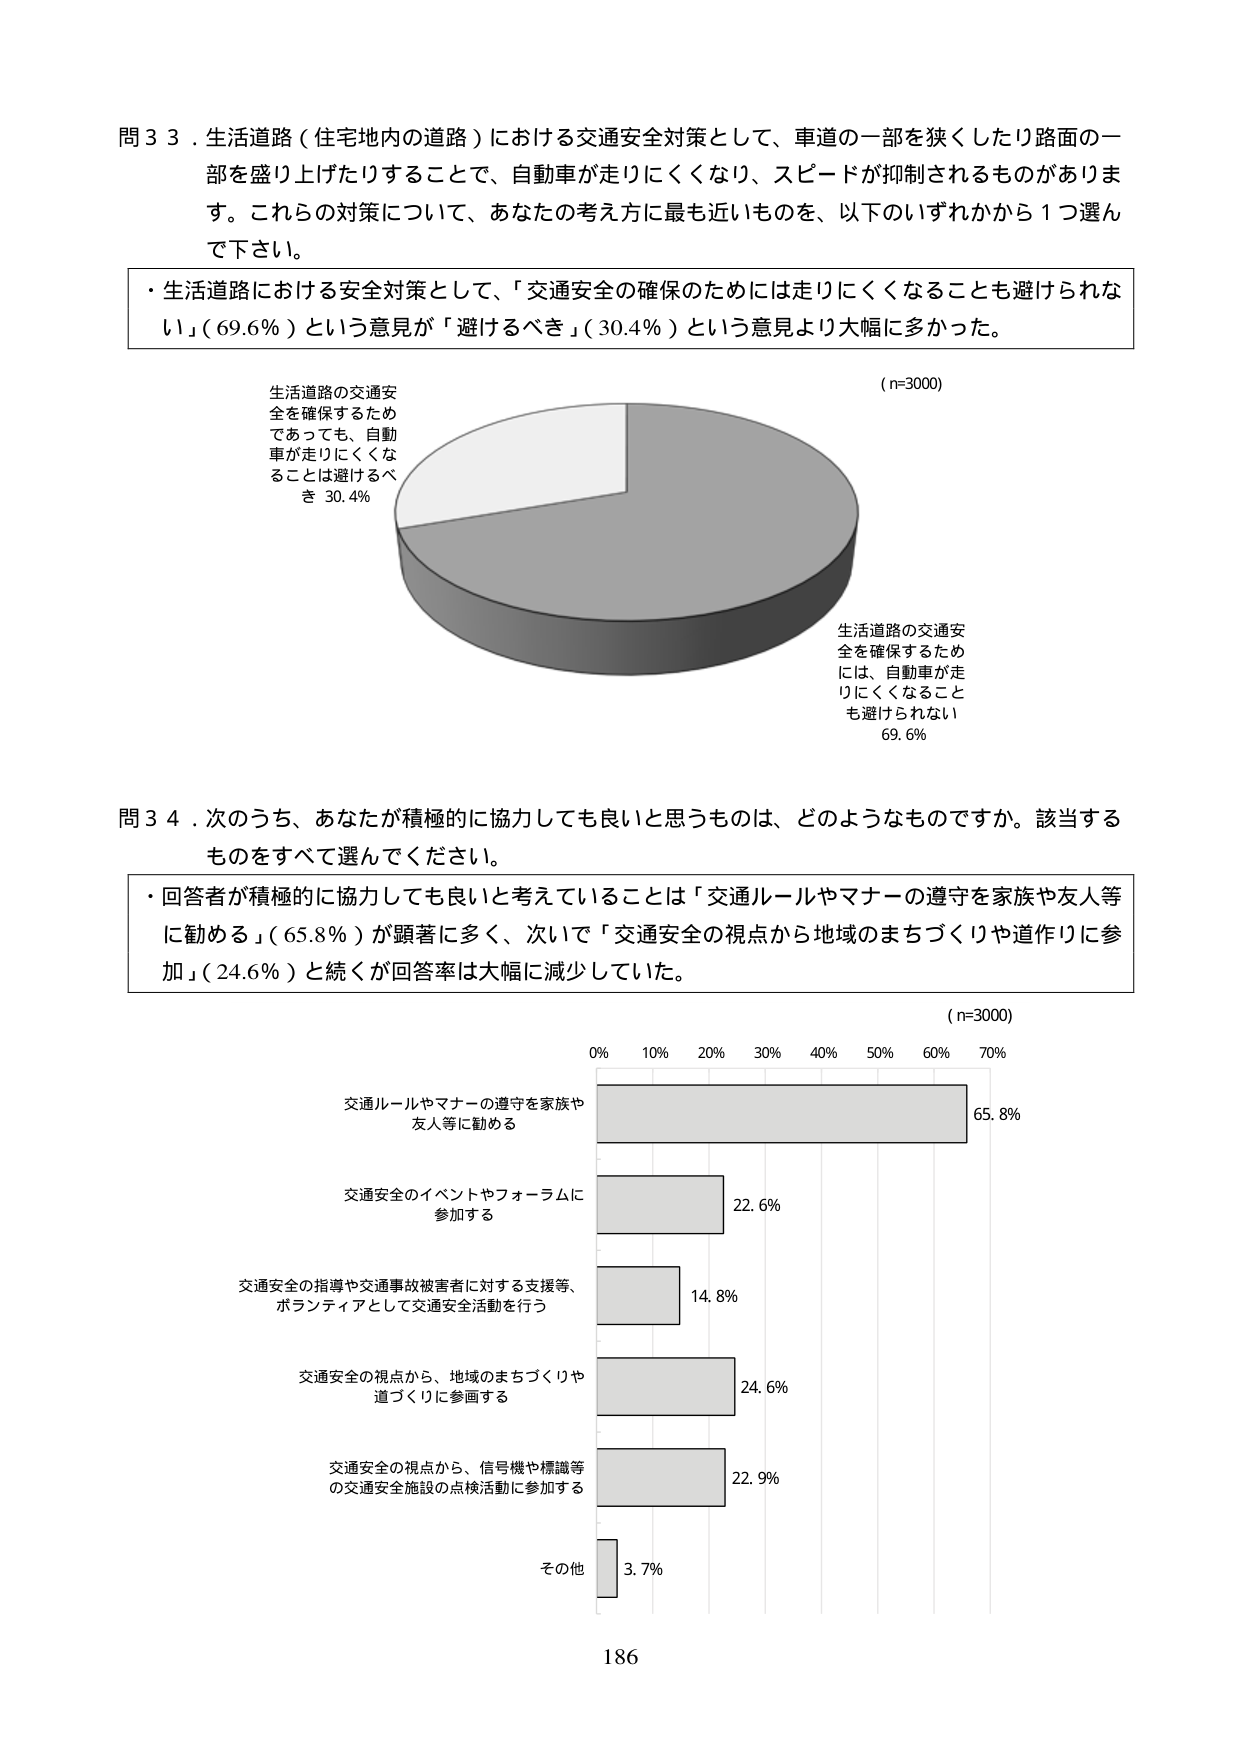
問３３．生活道路（住宅地内の道路）における交通安全対策として、車道の一部を狭くしたり路面の一部を盛り上げたりすることで、自動車が走りにくくなり、スピードが抑制されるものがあります。これらの対策について、あなたの考え方に最も近いものを、以下のいずれかから１つ選んで下さい。

・生活道路における安全対策として、「交通安全の確保のためには走りにくくなることも避けられない」（69.6％）という意見が「避けるべき」（30.4％）という意見より大幅に多かった。

（n=3000）

生活道路の交通安全を確保するため
であっても、自動
車が走りにくくな
ることは避けるべ
き 30.4%

生活道路の交通安全を確保するため
には、自動車が走
りにくくなること
も避けられない
69.6%

問３４．次のうち、あなたが積極的に協力しても良いと思うものは、どのようなものですか。該当するものをすべて選んでください。

・回答者が積極的に協力しても良いと考えていることは「交通ルールやマナーの遵守を家族や友人等に勧める」（65.8％）が顕著に多く、次いで「交通安全の視点から地域のまちづくりや道作りに参加」（24.6％）と続くが回答率は大幅に減少していた。

（n=3000）

0% 10% 20% 30% 40% 50% 60% 70%

交通ルールやマナーの遵守を家族や
友人等に勧める 65.8%

交通安全のイベントやフォーラムに
参加する 22.6%

交通安全の指導や交通事故被害者に対する支援等、
ボランティアとして交通安全活動を行う 14.8%

交通安全の視点から、地域のまちづくりや
道づくりに参画する 24.6%

交通安全の視点から、信号機や標識等
の交通安全施設の点検活動に参加する 22.9%

その他 3.7%

186